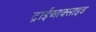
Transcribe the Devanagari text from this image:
ट्राईआक्साइड